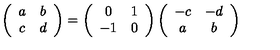
\left( \begin{array} { c c } { a } & { b } \\ { c } & { d } \\ \end{array} \right) = \left( \begin{array} { c c } { 0 } & { 1 } \\ { - 1 } & { 0 } \\ \end{array} \right) \left( \begin{array} { c c } { - c } & { - d } \\ { a } & { b } \\ \end{array} \right)